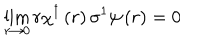
\lim _ { r \rightarrow 0 } r \chi ^ { \dagger } \left( r \right) \sigma ^ { 1 } \psi \left( r \right) = 0